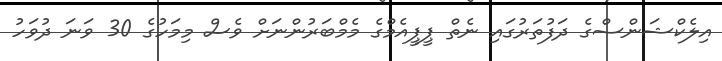
އިލެކްޝަންސްގެ ދަފުތަރުގައި ނެތް ޕީޕީއެމްގެ މެމްބަރުންނަށް ވެސް މިމަހުގެ 30 ވަނަ ދުވަހު